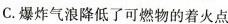
C.爆炸气浪降低了可燃物的着火点